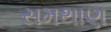
સમથાણ